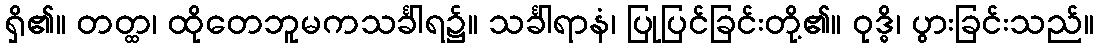
ရှိ၏။ တတ္ထ၊ ထိုတေဘူမကသင်္ခါရ၌။ သင်္ခါရာနံ၊ ပြုပြင်ခြင်းတို့၏။ ဝုဒ္ဓိ၊ ပွားခြင်းသည်။